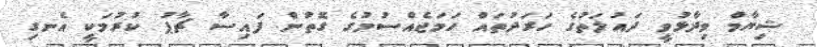
ޝިޔާމް ވިދާޅުވީ ދައުލަތުގެ ހަރަދުތައް ހަމަޖެއްސުމުގެ ގޮތުން ފައިސާ ޗާޕު ކުރުމަކީ އެނގި